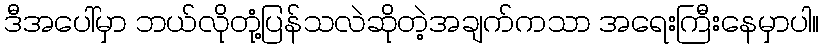
ဒီအပေါ်မှာ ဘယ်လိုတုံ့ပြန်သလဲဆိုတဲ့အချက်ကသာ အရေးကြီးနေမှာပါ။